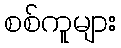
စစ်ကူများ